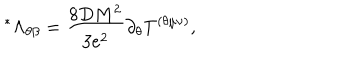
LaTeX: ^ { \ast } \Lambda _ { \theta \beta } = \frac { 8 D M ^ { 2 } } { 3 e ^ { 2 } } \partial _ { \theta } T ^ { ( \theta \mu \nu ) } ,